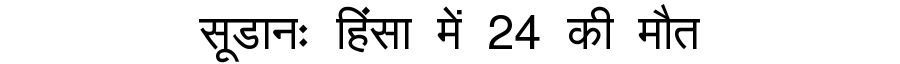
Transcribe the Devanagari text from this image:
सूडानः हिंसा में 24 की मौत